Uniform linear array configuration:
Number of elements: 12
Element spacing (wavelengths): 0.25
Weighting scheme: exponential
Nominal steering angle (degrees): -15
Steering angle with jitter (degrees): -15.23
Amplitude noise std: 0.05
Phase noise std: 0.05

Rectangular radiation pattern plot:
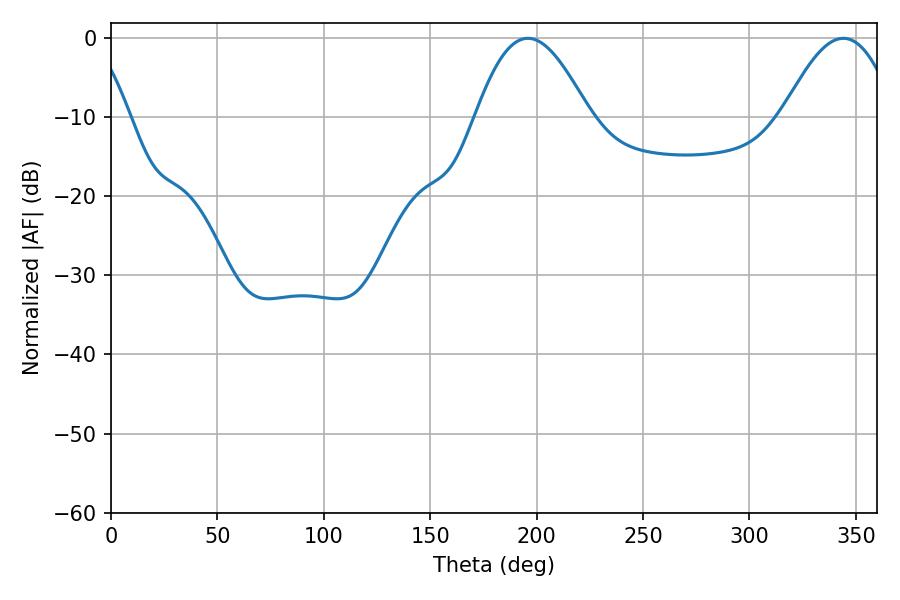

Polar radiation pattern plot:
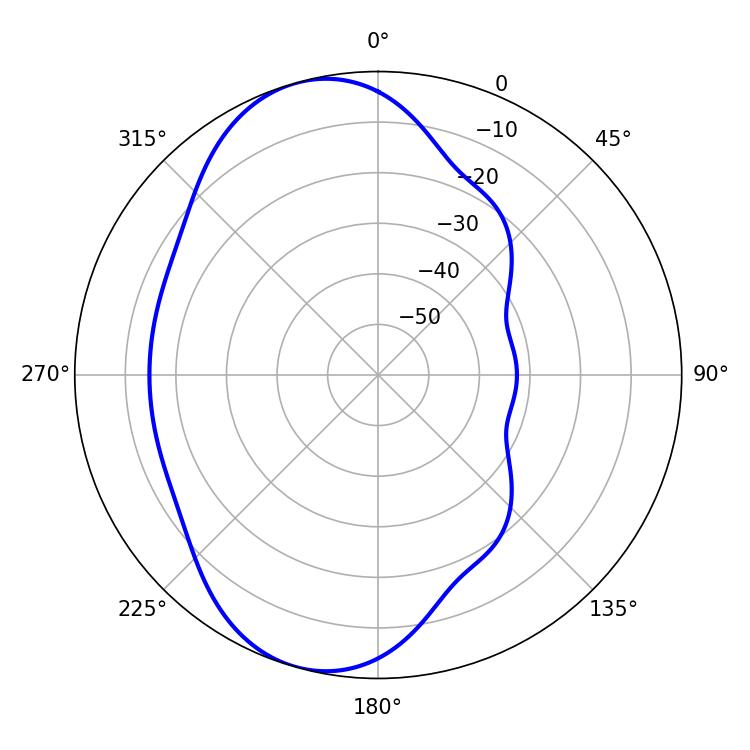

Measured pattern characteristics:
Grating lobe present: FALSE
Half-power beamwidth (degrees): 28.8
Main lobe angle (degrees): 195.84